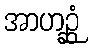
အာဟဉ္ဆံ